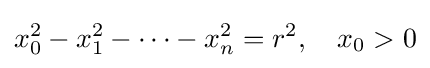
x_{0}^{2}-x_{1}^{2}-\cdots -x_{n}^{2}=r^{2},\quad x_{0}>0